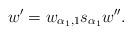
LaTeX: \begin{align*}w'=w_{\alpha_1,1}s_{\alpha_1}w''.\end{align*}